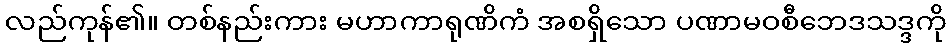
လည်ကုန်၏။ တစ်နည်းကား မဟာကာရုဏိကံ အစရှိသော ပဏာမဝစီဘေဒသဒ္ဒကို